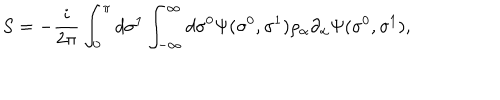
LaTeX: S = - \frac { i } { 2 \pi } \int _ { 0 } ^ { \pi } d \sigma ^ { 1 } \int _ { - \infty } ^ { \infty } d \sigma ^ { 0 } \Psi ( \sigma ^ { 0 } , \sigma ^ { 1 } ) \rho _ { \alpha } \partial _ { \alpha } \Psi ( \sigma ^ { 0 } , \sigma ^ { 1 } ) ,